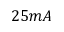
2 5 m A